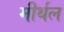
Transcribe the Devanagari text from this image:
मीर्थल